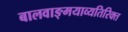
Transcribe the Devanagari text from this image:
बालवाङ्‌मयाव्यतिरिक्त